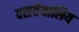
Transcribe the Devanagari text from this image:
दसवेयालिय